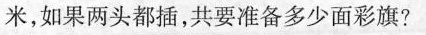
米，如果两头都插，共要准备多少面彩旗?